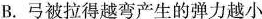
B. 弓被拉得越弯产生的弹力越小